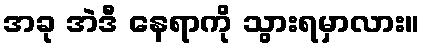
အခု အဲဒီ နေရာကို သွားရမှာလား။